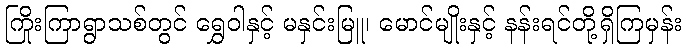
ကြိုးကြာရွာသစ်တွင် ရွှေဝါနှင့် မနှင်းမြူ၊ မောင်မျိုးနှင့် နန်းရင်တို့ရှိကြမှန်း